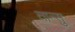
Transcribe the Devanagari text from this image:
तान्सु